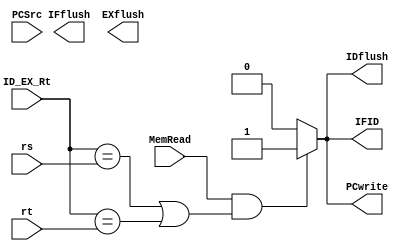
module hazard(MemRead,ID_EX_Rt,rt,rs,PCSrc,IFflush,IDflush,EXflush,PCwrite,IFID);
     
//I/O ports
input		MemRead;
input		[4:0] ID_EX_Rt;
input		[4:0] rs,rt;
input		PCSrc;

output wire	IFflush,IDflush,EXflush;
output wire	PCwrite,IFID;
		//[25:21]Rs [20:16]Rt [15:11]Rd
		assign PCwrite=(MemRead&&((ID_EX_Rt==rs)||(ID_EX_Rt==rt)))?1:0;
		assign IFID=(MemRead&&((ID_EX_Rt==rs)||(ID_EX_Rt==rt)))?1:0;
		assign IDflush=(MemRead&&((ID_EX_Rt==rs)||(ID_EX_Rt==rt)))?1:0;

endmodule